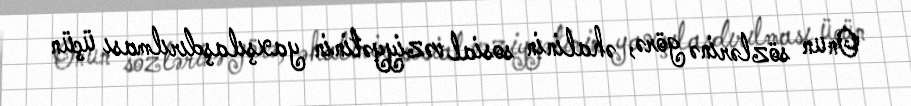
Onun sözlərinə görə, əhalinin sosial vəziyyətinin yaxşılaşdırılması üçün